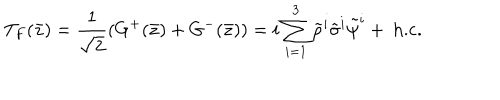
T _ { F } ( \bar { z } ) = \frac { 1 } { \sqrt { 2 } } ( G ^ { + } ( \bar { z } ) + G ^ { - } ( \bar { z } ) ) = i \sum _ { i = 1 } ^ { 3 } \tilde { \rho } ^ { i } \tilde { \sigma } ^ { i } \tilde { \psi } ^ { i } + \mathrm { ~ h . c . }